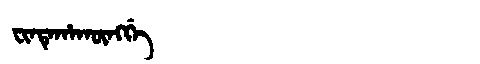
Manchu: ᠸᡳᠨᡨᡝᡥᠠᡴᡡᠩᡤᡝ
Romanization: FINTEHAKŪNGGE